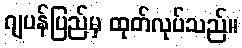
ဂျပန်ပြည်မှ ထုတ်လုပ်သည်။